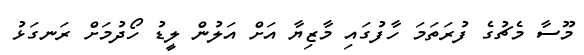
މޫސާ މެޗުގެ ފުރަތަމަ ހާފުގައި މާޒިޔާ އަށް އަލުން ލީޑު ހޯދުމަށް ރަނގަޅު